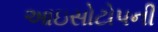
આઇસોટોપની